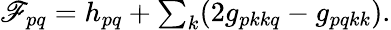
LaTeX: \begin{array}{r}{\mathscr{F}_{pq}=h_{pq}+\sum_{k}(2g_{pkkq}-g_{pqkk}).}\end{array}